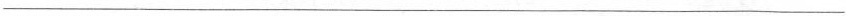
___